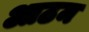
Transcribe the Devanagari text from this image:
आठम